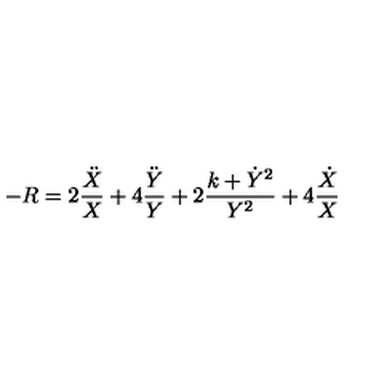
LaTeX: - R = 2 \frac { \ddot { X } } X + 4 \frac { \ddot { Y } } Y + 2 \frac { k + \dot { Y } ^ { 2 } } { Y ^ { 2 } } + 4 \frac { \dot { X } } X